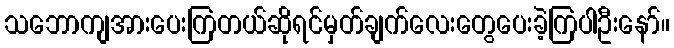
သဘောကျအားပေးကြတယ်ဆိုရင်မှတ်ချက်လေးတွေပေးခဲ့ကြပါဦးနော်။